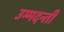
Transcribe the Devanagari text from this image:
उम्मदन्ती